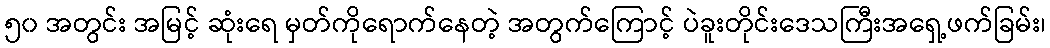
၅၀ အတွင်း အမြင့် ဆုံးရေ မှတ်ကိုရောက်နေတဲ့ အတွက်ကြောင့် ပဲခူးတိုင်းဒေသကြီးအရှေ့ဖက်ခြမ်း၊